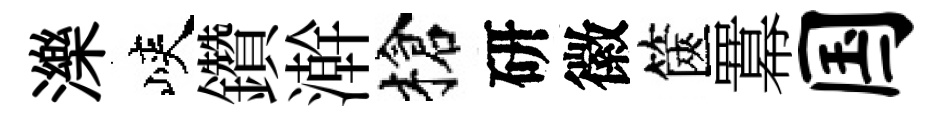
濼峽鑽澣槍研徽篋羃国